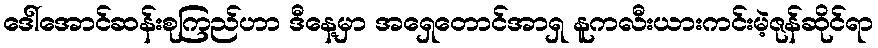
ဒေါ်အောင်ဆန်းစုကြည်ဟာ ဒီနေ့မှာ အရှေတောင်အာရှ နူကလီးယားကင်းမဲ့ဇုန်ဆိုင်ရာ